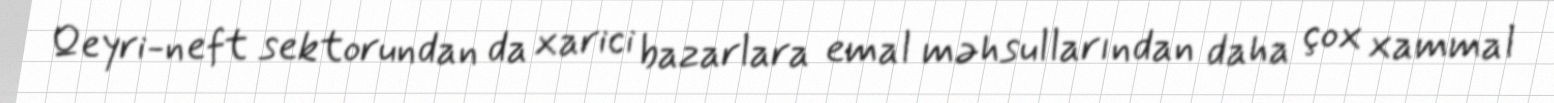
Qeyri-neft sektorundan da xarici bazarlara emal məhsullarından daha çox xammal